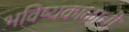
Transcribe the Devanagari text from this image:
भविष्यकाळाची